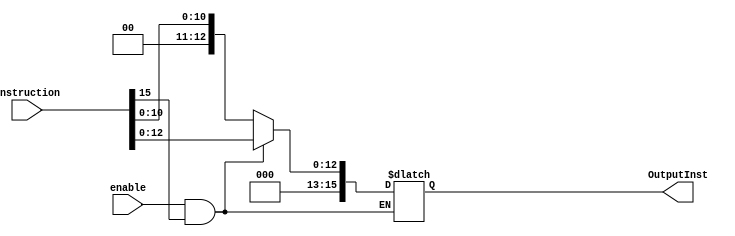
`timescale 1ns / 1ps
//////////////////////////////////////////////////////////////////////////////////
// Company: 
// Engineer: 
// 
// Design Name: 
// Module Name:    IRVerilogCode 
// Project Name: 
// Target Devices: 
// Tool versions: 
// Description: 
//
// Dependencies: 
//
// Revision: 
// Revision 0.01 - File Created
// Additional Comments: 
//
//////////////////////////////////////////////////////////////////////////////////
module IRSchematic(
    input [15:0] Instruction,
	 input enable,
    output reg [15:0] OutputInst
    );
always @ (enable) begin
	if (enable == 1 && Instruction[15] == 1) begin
		OutputInst[15:13] = 0;
		OutputInst[12:0] = Instruction[12:0];
	end
	else if (enable == 1 && Instruction[15] == 1) begin
		OutputInst[15:11] = 0;
		OutputInst[10:0] = Instruction[10:0];
	end
	end
endmodule